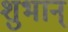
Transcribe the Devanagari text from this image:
शुभान्